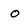
Character: o